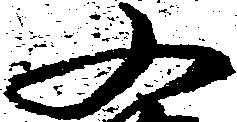
又